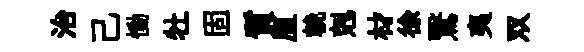
治己慟牡固質厘輓剋材徐鷖夷双